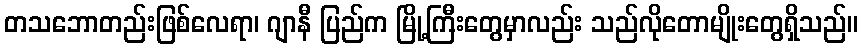
တသဘောတည်းဖြစ်လေရာ၊ ဂျာနီ ပြည်က မြို့ကြီးတွေမှာလည်း သည်လိုတောမျိုးတွေရှိသည်။